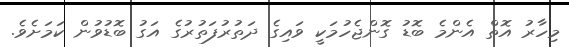
މިހާރު އޮތް އެންމެ ބޮޑު ގޮންޖެހުމަކީ ވައިގެ ދަތުރުފަތުރުގެ އަގު ބޮޑުވުން ކަމަށެވެ.